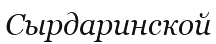
Сырдаринской